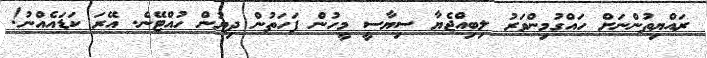
ރައްޔިތުންނަށް ހައްގުމިންވަރު ލިބިއްޖެޔާ ސިޔާސީ މީހުން ފަހަތުން ދިޔުން ހުއްޓޭނެ. އޭރަ ކަޑައެއްނު!